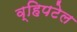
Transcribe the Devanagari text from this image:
व्हिपटेल